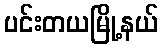
ပင်းတယမြို့နယ်